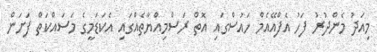
މިއަދު މެންދުރު ފަހު އެފްއޭއެމް ހައުސްގައި އޮތް ރަސްމިއްޔާތެއްގައި އެކަޑަމީގެ މަސައްކަތް ފަށަން